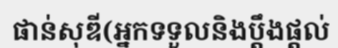
ផាន់សុឌី(អ្នកទទួលនិងប្តឹងផ្តល់